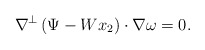
\begin{align*}\nabla ^{\bot}\left( \Psi -Wx_2 \right) \cdot \nabla \omega =0.\end{align*}